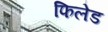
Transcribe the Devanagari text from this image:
फिलेड